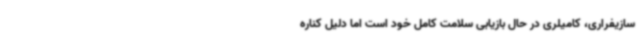
سازیفراری، کامیلری در حال بازیابی سلامت کامل خود است اما دلیل کناره